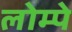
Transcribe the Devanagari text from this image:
लोम्पे